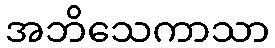
အဘိသေကာသာ